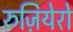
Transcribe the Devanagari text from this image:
रुज़ियेरो